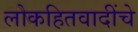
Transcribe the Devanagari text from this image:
लोकहितवादींचे